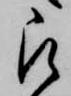
被